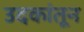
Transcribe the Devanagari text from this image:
उदकांतून